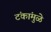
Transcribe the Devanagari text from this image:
टंकांमुळे